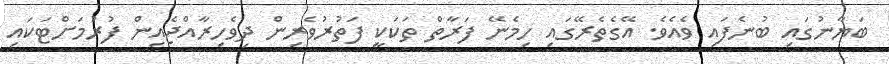
ބަޔާނުގައި ބުނެފައި ވެއެވެ. އޭގެތެރޭގައި ހިމެނޭ ފަރާތް ތަކަކީ ފަތުރުވެރިން ދިވެހިރާއްޖެއިން ފުރުމަށްޓަކައި